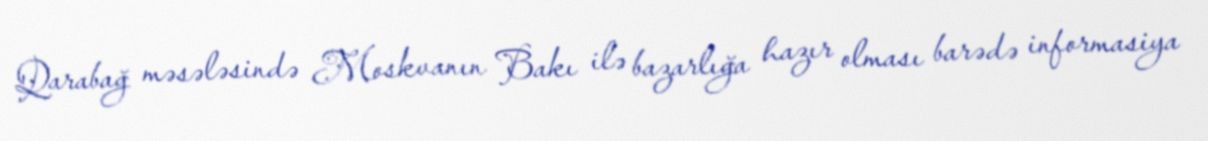
Qarabağ məsələsində Moskvanın Bakı ilə bazarlığa hazır olması barədə informasiya